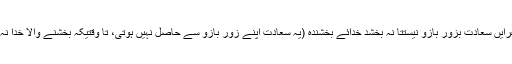
بقولِ شاعرایں سعادت بزورِ بازو نیستتا نہ بخشَد خدائے بخشندہ (یہ سعادت اپنے زورِ بازو سے حاصل نہیں ہوتی، تا وقتیکہ بخشنے والا خدا نہ بخشے)۔